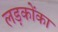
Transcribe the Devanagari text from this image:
लड़कोंका